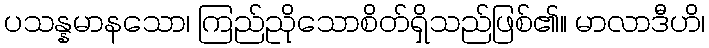
ပသန္နမာနသော၊ ကြည်ညိုသောစိတ်ရှိသည်ဖြစ်၏။ မာလာဒီဟိ၊